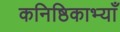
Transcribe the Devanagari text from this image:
कनिष्ठिकाभ्याँ